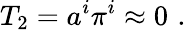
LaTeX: T_{2}=a^{i}\pi^{i}\approx 0\, \, .